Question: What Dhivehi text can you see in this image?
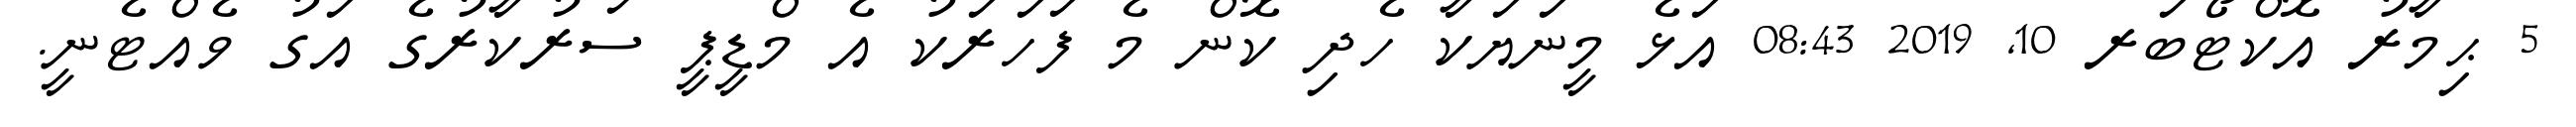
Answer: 5 ޙިމާރު އޮކްޓޯބަރ 10, 2019 08:43 އަޅެ މީނަޔަކާ ހެދި ކޮން މެ ފަހަރަކު އެ މްޑީޕީ ސަރުކާރުގެ އަގު ވެއްޓެނީ.